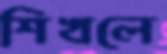
শিখলে